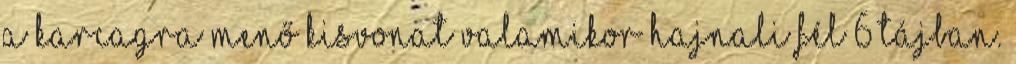
a Karcagra menő kisvonat valamikor hajnali fél 6 tájban.